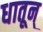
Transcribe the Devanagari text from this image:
धातून्